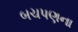
બચપણના